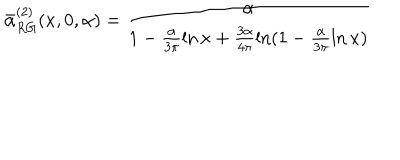
\bar { \alpha } _ { R G } ^ { ( 2 ) } ( x , 0 , \alpha ) = \frac { \alpha } { 1 - \frac { \alpha } { 3 \pi } \ln x + \frac { 3 \alpha } { 4 \pi } \ln ( 1 - \frac { \alpha } { 3 \pi } \ln x ) }